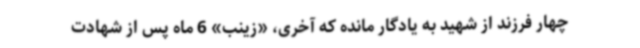
چهار فرزند از شهید به یادگار مانده که آخری، «زینب» 6 ماه پس از شهادت